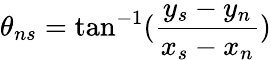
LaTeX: \theta_{ns}=\tan^{-1}(\frac{y_{s}-y_{n}}{x_{s}-x_{n}})